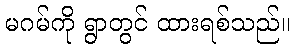
မဂမ်ကို ရွာတွင် ထားရစ်သည်။